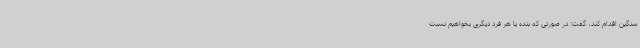
سنگین اقدام کند، گفت: در صورتی که بنده یا هر فرد دیگری بخواهیم نسبت